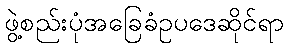
ဖွဲ့စည်းပုံအခြေခံဥပဒေဆိုင်ရာ